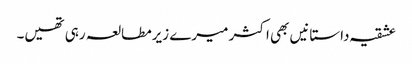
عشقیہ داستانیں بھی اکثر میرے زیرمطالعہ رہی تھیں۔